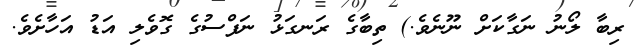
ރިބާ ލޯނު ނަގާކަށް ނޫނެވެ.) ތިބާގެ ރަނގަޅު ނަފްސުގެ ގޮވެލި އަޑު އަހާށެވެ.